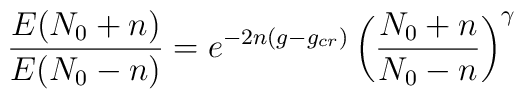
{ {E(N_0+n)} \over {E(N_0-n)}}= e^{-2n(g-g_{cr})} \left({{N_0+n} \over{N_0-n}} \right)^{\gamma}